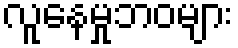
လူနေမှုဘဝများ